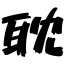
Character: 耽